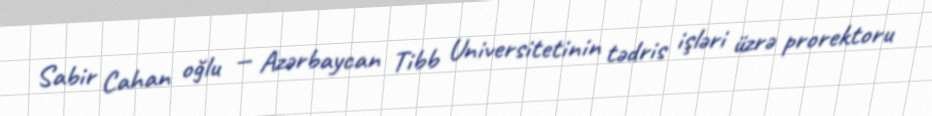
Sabir Cahan oğlu — Azərbaycan Tibb Universitetinin tədris işləri üzrə prorektoru